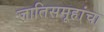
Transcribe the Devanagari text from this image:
जातिसमूहांचा